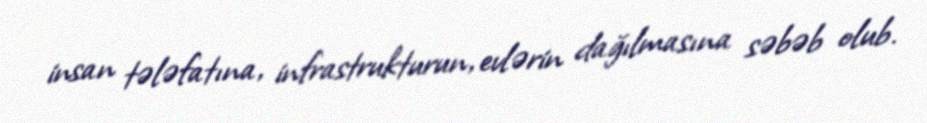
insan tələfatına, infrastrukturun, evlərin dağılmasına səbəb olub.